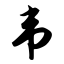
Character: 韦